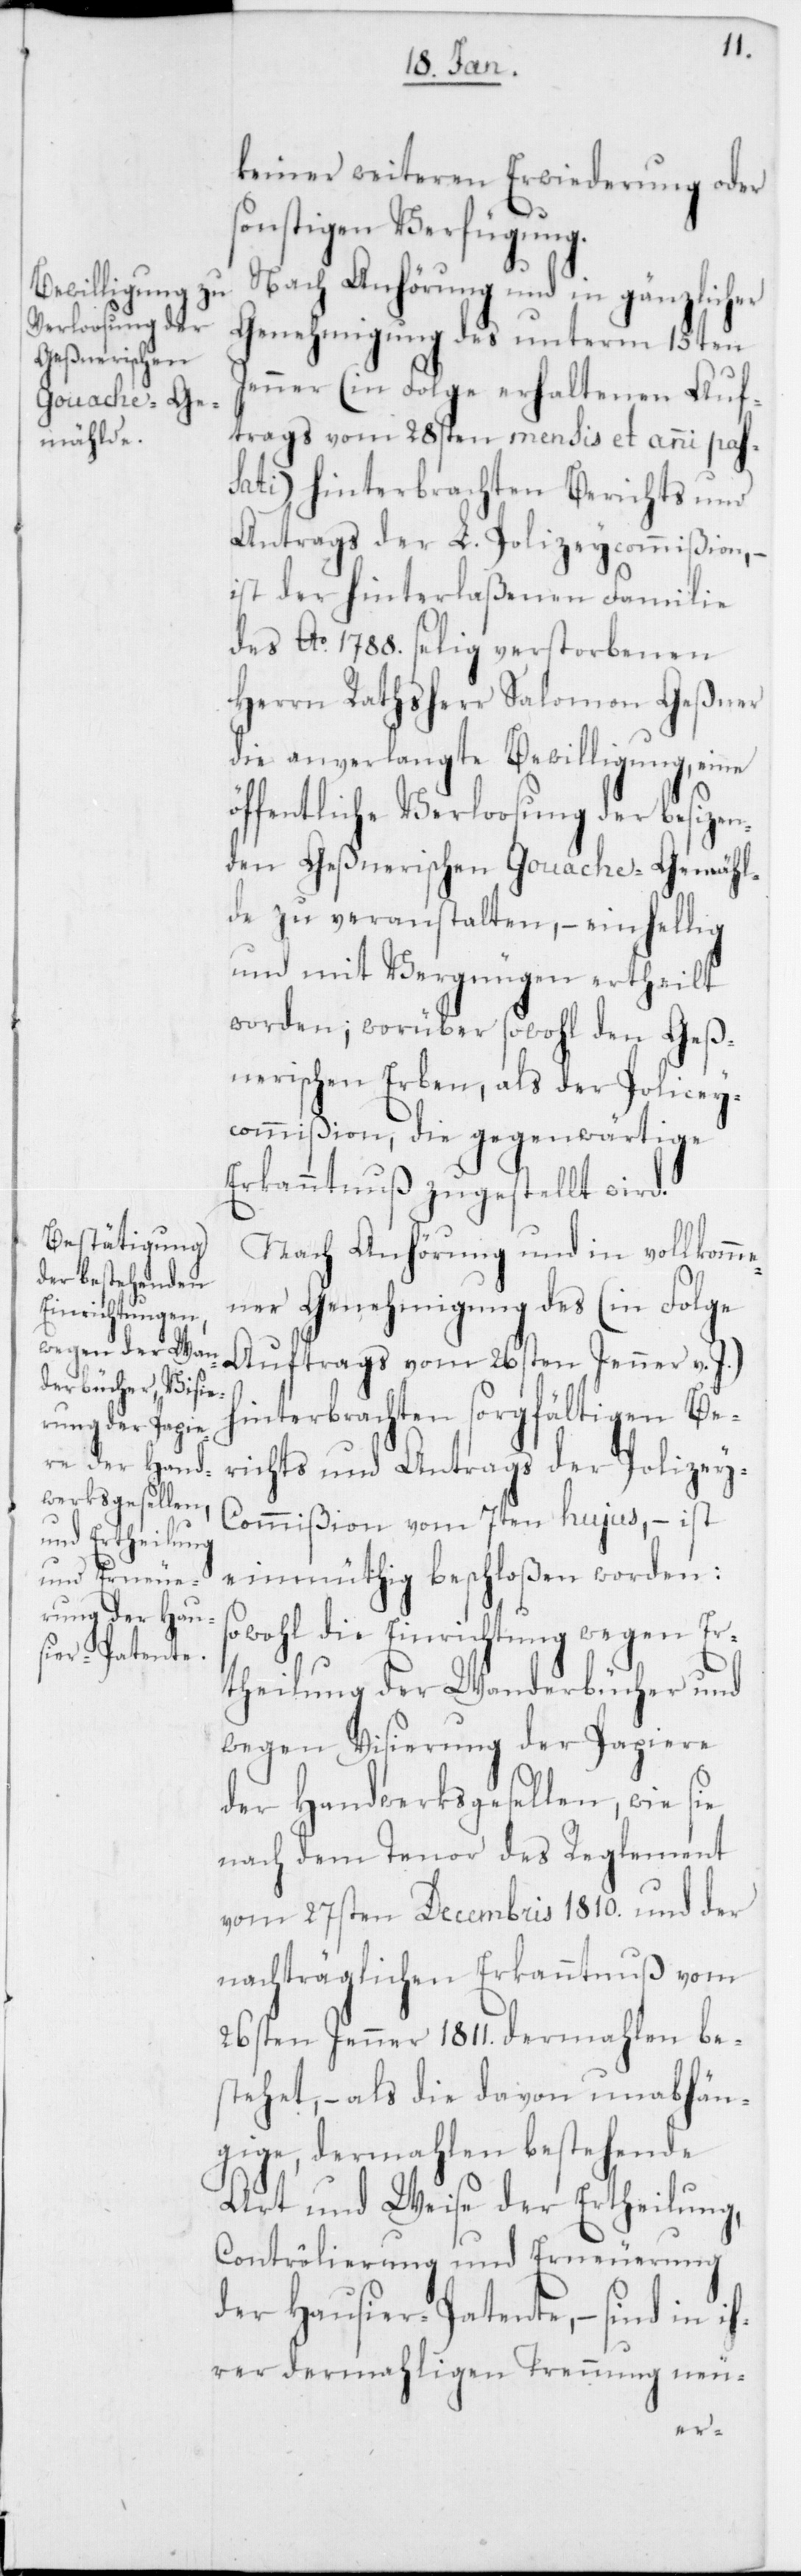
keiner weiteren Erwiederung oder
sonstigen Verfügung.
Nach Anhörung und in gänzlicher
Genehmigung des unterm 15ten
Jenner (in Folge erhaltenen Auf¬
trags vom 28sten mensis et anni pas¬
sati) hinterbrachten Berichts und
Antrags der L. Polizeycommißion, –
ist der hinterlaßenen Familie
des Ao. 1788. selig verstorbenen
Herrn Rathsherr Salomon Geßner
die anverlangte Bewilligung, eine
öffentliche Verloosung des besizen¬
den Geßnerischen Gouache-Gemähl¬
de zu veranstalten, – einhellig
und mit Vergnügen ertheilt
worden, worüber sowohl den Geß¬
nerischen Erben, als der Polizey¬
commißion, die gegenwärtige
Erkanntnuß zugestellt wird.
Nach Anhörung und in vollkomm¬
ener Genehmigung des (in Folge
Auftrags vom 26sten Jenner v. J.)
hinterbrachten sorgfältigen Be¬
richts und Antrags der Polizey-C¬
ommißion vom 7ten hujus, – ist
einmüthig beschloßen worden:
Sowohl die Einrichtung wegen Er¬
theilung der Wanderbücher und
wegen Visierung der Papiere
der Handwerksgesellen, wie sie
nach dem Tenor des Reglement
vom 27sten Decembris 1810. und der
nachträglichen Erkanntnuß vom
26sten Jenner 1811. dermahlen be¬
stehet, – als die davon unabhän¬
gige, dermahlen bestehende
Art und Weise der Ertheilung,
Contrôlierung und Erneuerung
der Hausier-Patente, – sind in ih¬
rer dermahligen Trennung neu-